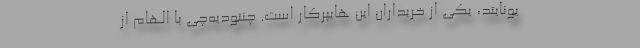
یونایتد، یکی از خریداران این هایپرکار است. چنتودیه‌چی با الهام از